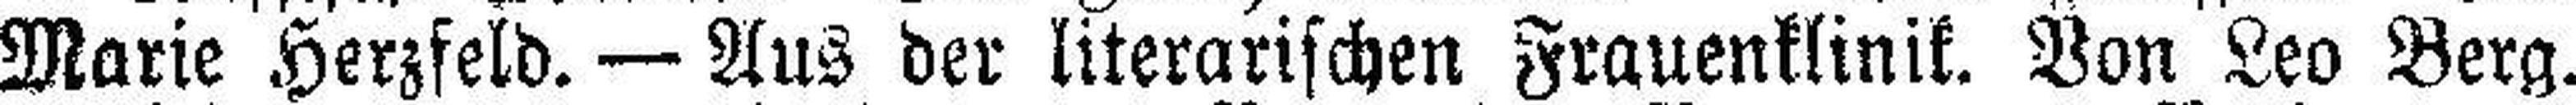
Marie Herzfeld. — Aus der literarischen Frauenklinik. Von Leo Berg.